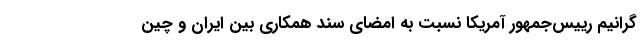
گرانیم رییس‌جمهور آمریکا نسبت به امضای سند همکاری بین ایران و چین